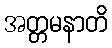
အတ္တမနာတိ